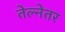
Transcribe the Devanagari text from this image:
तेल्नेतर